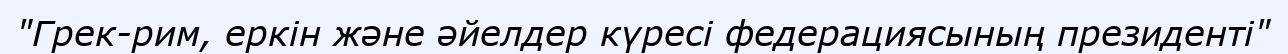
"Грек-рим, еркін және әйелдер күресі федерациясының президенті"